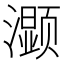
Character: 𰝤